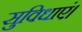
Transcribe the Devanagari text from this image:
सुविधाएं।